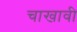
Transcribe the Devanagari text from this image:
चाखावी